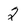
Character: 2